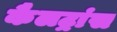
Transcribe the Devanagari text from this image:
कैलट्रांस